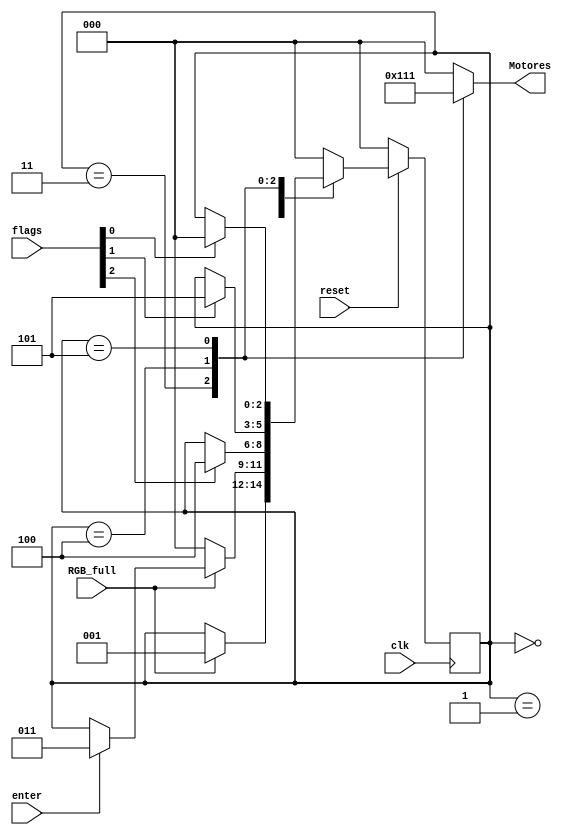
module FSM(
    input clk,
    input reset,
    input RGB_full,
    input [2:0] flags,
    input enter,
    output reg [2:0] Motores
);
    parameter r = 2'd2, g = 2'd1, b = 2'd0;
    parameter lectura = 3'b0, espera = 3'b001,
              carga_R = 3'b011, carga_Y = 3'b100, carga_B = 3'b101;
    
    reg [2:0] estado, estado_pos = 0;

    always @ (posedge clk) begin
        if( !reset )
            estado <= lectura;
        else estado <= estado_pos;
    end

    initial begin
        $display("tiempo   Estado FSM  r g b");
        $monitor("(%6d ns)   %b       %b %b %b", $time, estado, flags[r], flags[g], flags[b]);
    end

    always @ (*)   begin
        case(estado)
            lectura:    if(RGB_full) estado_pos = espera;
                        else estado_pos = estado;
            espera:     if(!RGB_full) estado_pos = lectura;
                        else if(enter)  estado_pos = carga_R;
                        else estado_pos = estado;
            carga_R:    if( flags[r] ) estado_pos = carga_Y;    else estado_pos = estado;
            carga_Y:    if( flags[g] ) estado_pos = carga_B;    else estado_pos = estado;
            carga_B:    if( flags[b] ) estado_pos = lectura;  else estado_pos = estado;
			default: 	estado_pos = lectura;
        endcase
    end

    always @ (*)   begin
        case (estado)
            // 5'd16 -> display en blanco
            // 5'd17 -> guion
            lectura: Motores = 3'b000;
            espera:    Motores = 3'b000;
            carga_R:   Motores = 3'b100;
            carga_Y:   Motores = 3'b010;
            carga_B:   Motores = 3'b001;
            default:   Motores = 3'b000;
        endcase
        
    end


endmodule